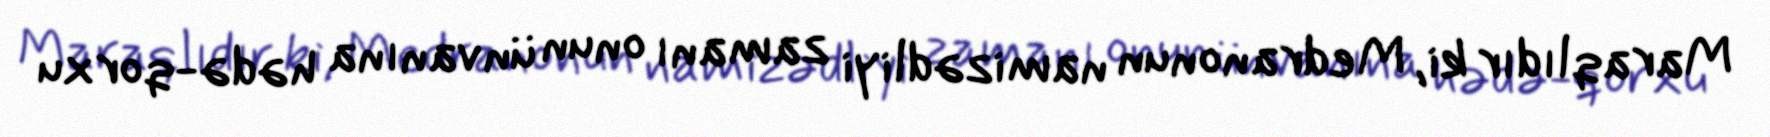
Maraqlıdır ki, Medranonun namizədliyi zamanı onun ünvanına hədə-qorxu